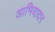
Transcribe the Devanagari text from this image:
आभिवादन